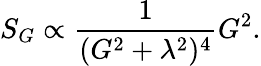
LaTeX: S_{G}\propto\frac{1}{(G^{2}+\lambda^{2})^{4}}G^{2}.